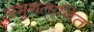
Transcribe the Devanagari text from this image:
अभुगतानित